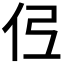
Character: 𫢏